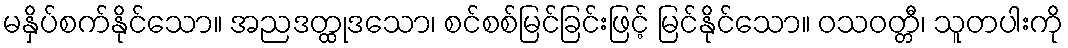
မနှိပ်စက်နိုင်သော။ အညဒတ္ထုဒသော၊ စင်စစ်မြင်ခြင်းဖြင့် မြင်နိုင်သော။ ဝသဝတ္တီ၊ သူတပါးကို